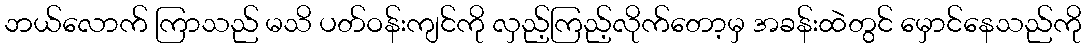
ဘယ်လောက် ကြာသည် မသိ ပတ်ဝန်းကျင်ကို လှည့်ကြည့်လိုက်တော့မှ အခန်းထဲတွင် မှောင်နေသည်ကို